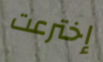
إخترعت